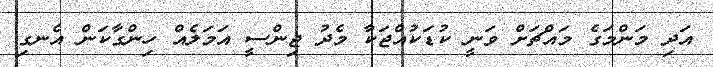
އަދި މަންމަގެ މައްޗަށް ވަނީ ކުޑަކުއްޖަކާ މެދު ޖިންސީ އަމަލެއް ހިންގާކަން އެނގި